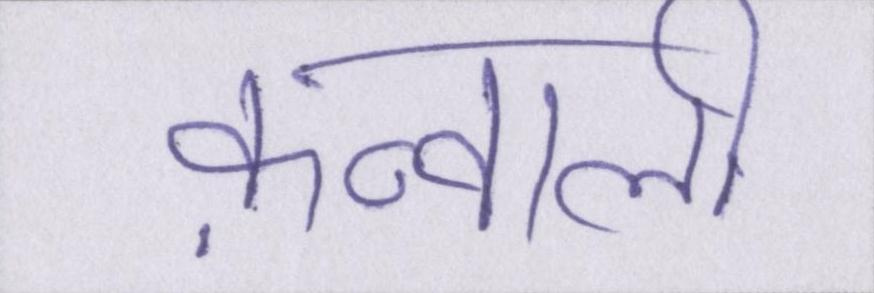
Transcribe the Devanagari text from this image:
क़व्वाली